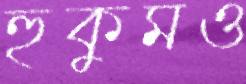
হুকুমও